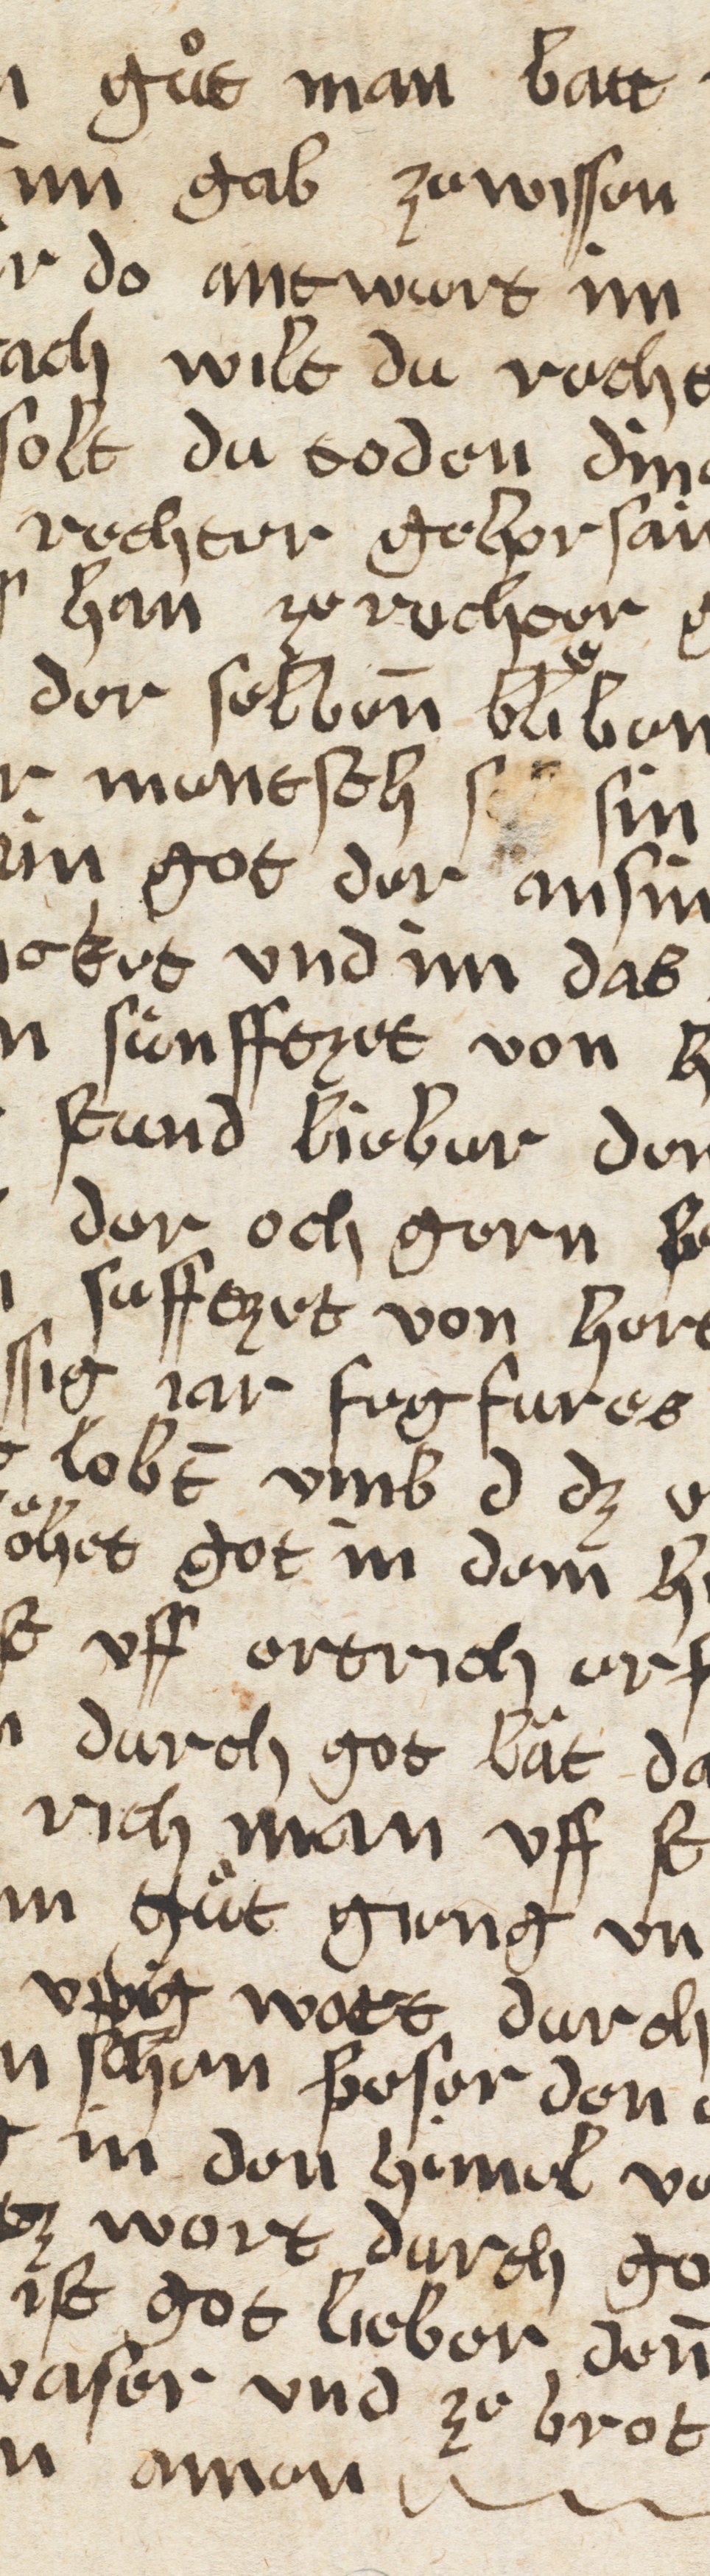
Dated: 1400–1499